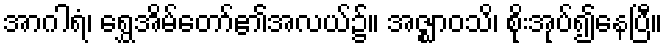
အာဂါရံ၊ ရွှေအိမ်တော်၏အလယ်၌။ အဇ္ဈာဝသိ၊ စိုးအုပ်၍နေပြီ။